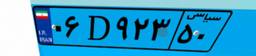
۵۹D۷۴۴۵۷